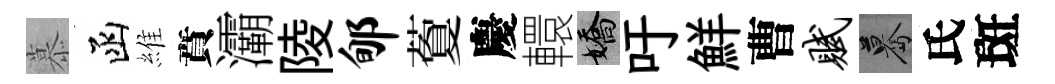
慕函維賁灞陵郇藑慶轘嬌吁鮮曹赋驀氏斑